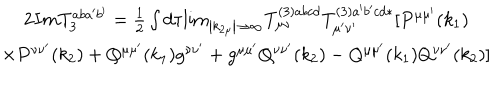
LaTeX: \begin{array} { c } { { 2 I m T _ { 3 } ^ { a b a ^ { \prime } b ^ { \prime } } = \frac 1 2 \int d \tau { \lim _ { \left| k _ { 2 \mu } \right| \rightarrow \infty } } T _ { \mu \nu } ^ { ( 3 ) a b c d } T _ { \mu ^ { \prime } \nu ^ { \prime } } ^ { ( 3 ) a ^ { \prime } b ^ { \prime } c d * } [ P ^ { \mu \mu ^ { \prime } } ( k _ { 1 } ) } } \\ { { \times P ^ { \nu \nu ^ { \prime } } ( k _ { 2 } ) + Q ^ { \mu \mu ^ { \prime } } ( k _ { 1 } ) g ^ { \nu \nu ^ { \prime } } + g ^ { \mu \mu ^ { \prime } } Q ^ { \nu \nu ^ { \prime } } ( k _ { 2 } ) - Q ^ { \mu \mu ^ { \prime } } ( k _ { 1 } ) Q ^ { \nu \nu ^ { \prime } } ( k _ { 2 } ) ] } } \\ \end{array}